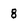
Character: 8